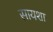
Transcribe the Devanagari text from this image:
सायशा